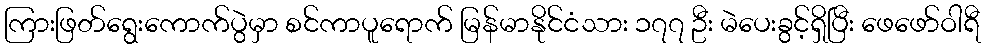
ကြားဖြတ်ရွေးကောက်ပွဲမှာ စင်ကာပူရောက် မြန်မာနိုင်ငံသား ၁၇၇ ဦး မဲပေးခွင့်ရှိပြီး ဖေဖော်ဝါရီ